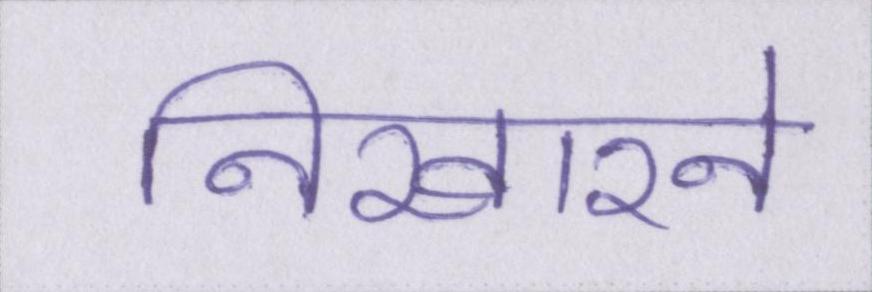
निखारने